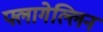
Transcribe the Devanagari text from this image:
फ्लागेल्लिन